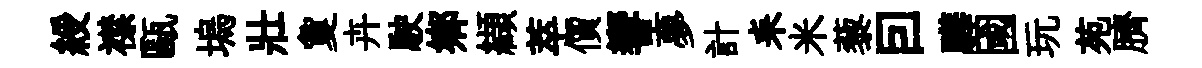
綬襟甌塢壯夐卉駛鄉纈萃價響夣計耒米藜囙驊國玩苑臍